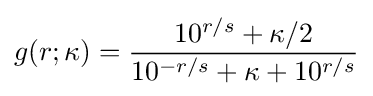
g(r;\kappa )={\frac {10^{r/s}+\kappa /2}{10^{-r/s}+\kappa +10^{r/s}}}